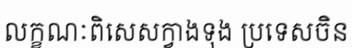
លក្ខណៈពិសេសក្វាងទុង ប្រទេសចិន